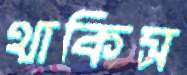
থাকিস